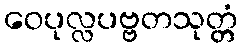
ဝေပုလ္လပဗ္ဗတသုတ္တံ